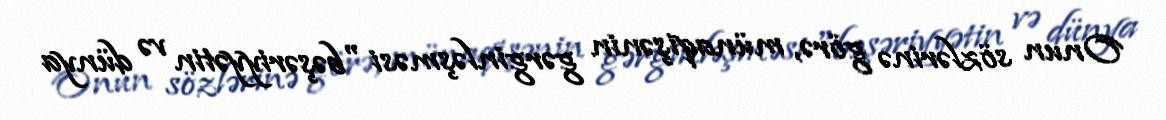
Onun sözlərinə görə, münaqişənin gərginləşməsi "bəşəriyyətin və dünya